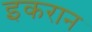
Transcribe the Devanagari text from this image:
इकरान